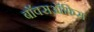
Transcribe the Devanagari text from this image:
बाॅक्सऑफिस